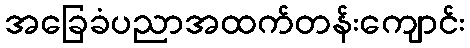
အခြေခံပညာအထက်တန်းကျောင်း